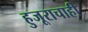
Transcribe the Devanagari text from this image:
हुजूराचाही